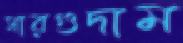
সারগুদাম